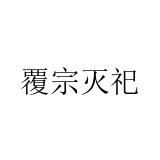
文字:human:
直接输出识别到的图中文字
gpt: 覆宗灭祀